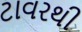
ટાવરથી